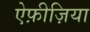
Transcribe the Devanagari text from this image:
ऐफ़ीज़िया